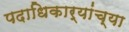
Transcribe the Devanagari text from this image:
पदाधिकार्‍यांच्या